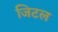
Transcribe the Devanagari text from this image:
जिटल